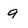
Character: 9